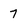
Character: 7